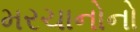
મરચાનોનો